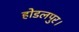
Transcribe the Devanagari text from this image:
होडलपुर।